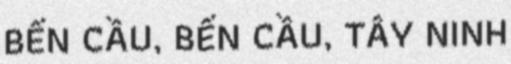
BẾN CẦU, BẾN CẦU, TÂY NINH